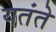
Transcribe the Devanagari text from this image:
यतंते